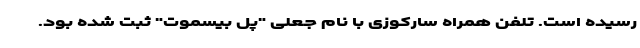
رسیده است. تلفن همراه سارکوزی با نام جعلی "پل بیسموت" ثبت شده بود.